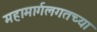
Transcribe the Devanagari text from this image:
महामार्गलगतच्या